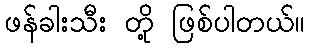
ဖန်ခါးသီး တို့ ဖြစ်ပါတယ်။